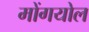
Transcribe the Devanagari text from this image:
मोंगयोल